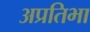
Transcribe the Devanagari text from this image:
अप्रतिभा